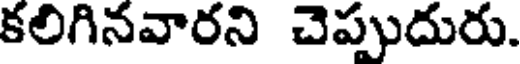
కలిగినవారని చెప్పుదురు.